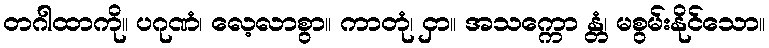
တဂါထာကို။ ပဂုဏံ၊ လေ့လာစွာ။ ကာတုံ၊ ငှာ။ အသက္ကော န္တံ၊ မစွမ်းနိုင်သော။